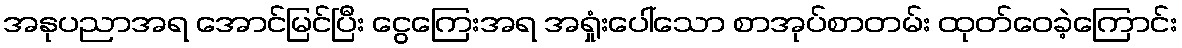
အနုပညာအရ အောင်မြင်ပြီး ငွေကြေးအရ အရှုံးပေါ်သော စာအုပ်စာတမ်း ထုတ်ဝေခဲ့ကြောင်း